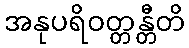
အနုပရိဝတ္တန္တီတိ